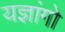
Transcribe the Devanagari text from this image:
यज्ञांगो